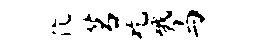
伉茗吃哦鸟